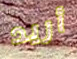
أريد